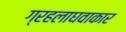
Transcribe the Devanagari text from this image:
ग्रहलाघवाकार